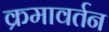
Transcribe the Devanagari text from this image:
क्रमावर्तन